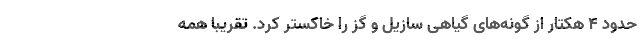
حدود ۴ هکتار از گونه‌های گیاهی سازیل و گز را خاکستر کرد. تقریبا همه